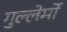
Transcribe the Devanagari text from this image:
गुल्लेर्मो